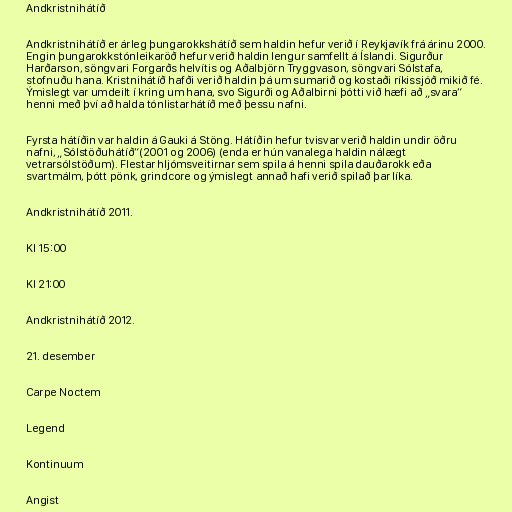
Andkristnihátíð

Andkristnihátíð er árleg þungarokkshátíð sem haldin hefur verið í Reykjavík frá árinu 2000.
Engin þungarokkstónleikaröð hefur verið haldin lengur samfellt á Íslandi. Sigurður
Harðarson, söngvari Forgarðs helvítis og Aðalbjörn Tryggvason, söngvari Sólstafa,
stofnuðu hana. Kristnihátíð hafði verið haldin þá um sumarið og kostaði ríkissjóð mikið fé.
Ýmislegt var umdeilt í kring um hana, svo Sigurði og Aðalbirni þótti við hæfi að „svara“
henni með því að halda tónlistarhátíð með þessu nafni.

Fyrsta hátíðin var haldin á Gauki á Stöng. Hátíðin hefur tvisvar verið haldin undir öðru
nafni, „Sólstöðuhátíð“(2001 og 2006) (enda er hún vanalega haldin nálægt
vetrarsólstöðum). Flestar hljómsveitirnar sem spila á henni spila dauðarokk eða
svartmálm, þótt pönk, grindcore og ýmislegt annað hafi verið spilað þar líka.

Andkristnihátíð 2011.

Kl 15:00

Kl 21:00

Andkristnihátíð 2012.

21. desember

Carpe Noctem

Legend

Kontinuum

Angist